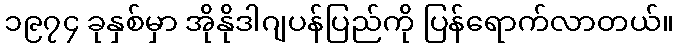
၁၉၇၄ ခုနှစ်မှာ အိုနိုဒါဂျပန်ပြည်ကို ပြန်ရောက်လာတယ်။